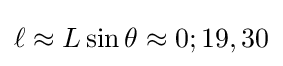
\ell \approx L\sin \theta \approx 0;19,30